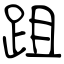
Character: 跙